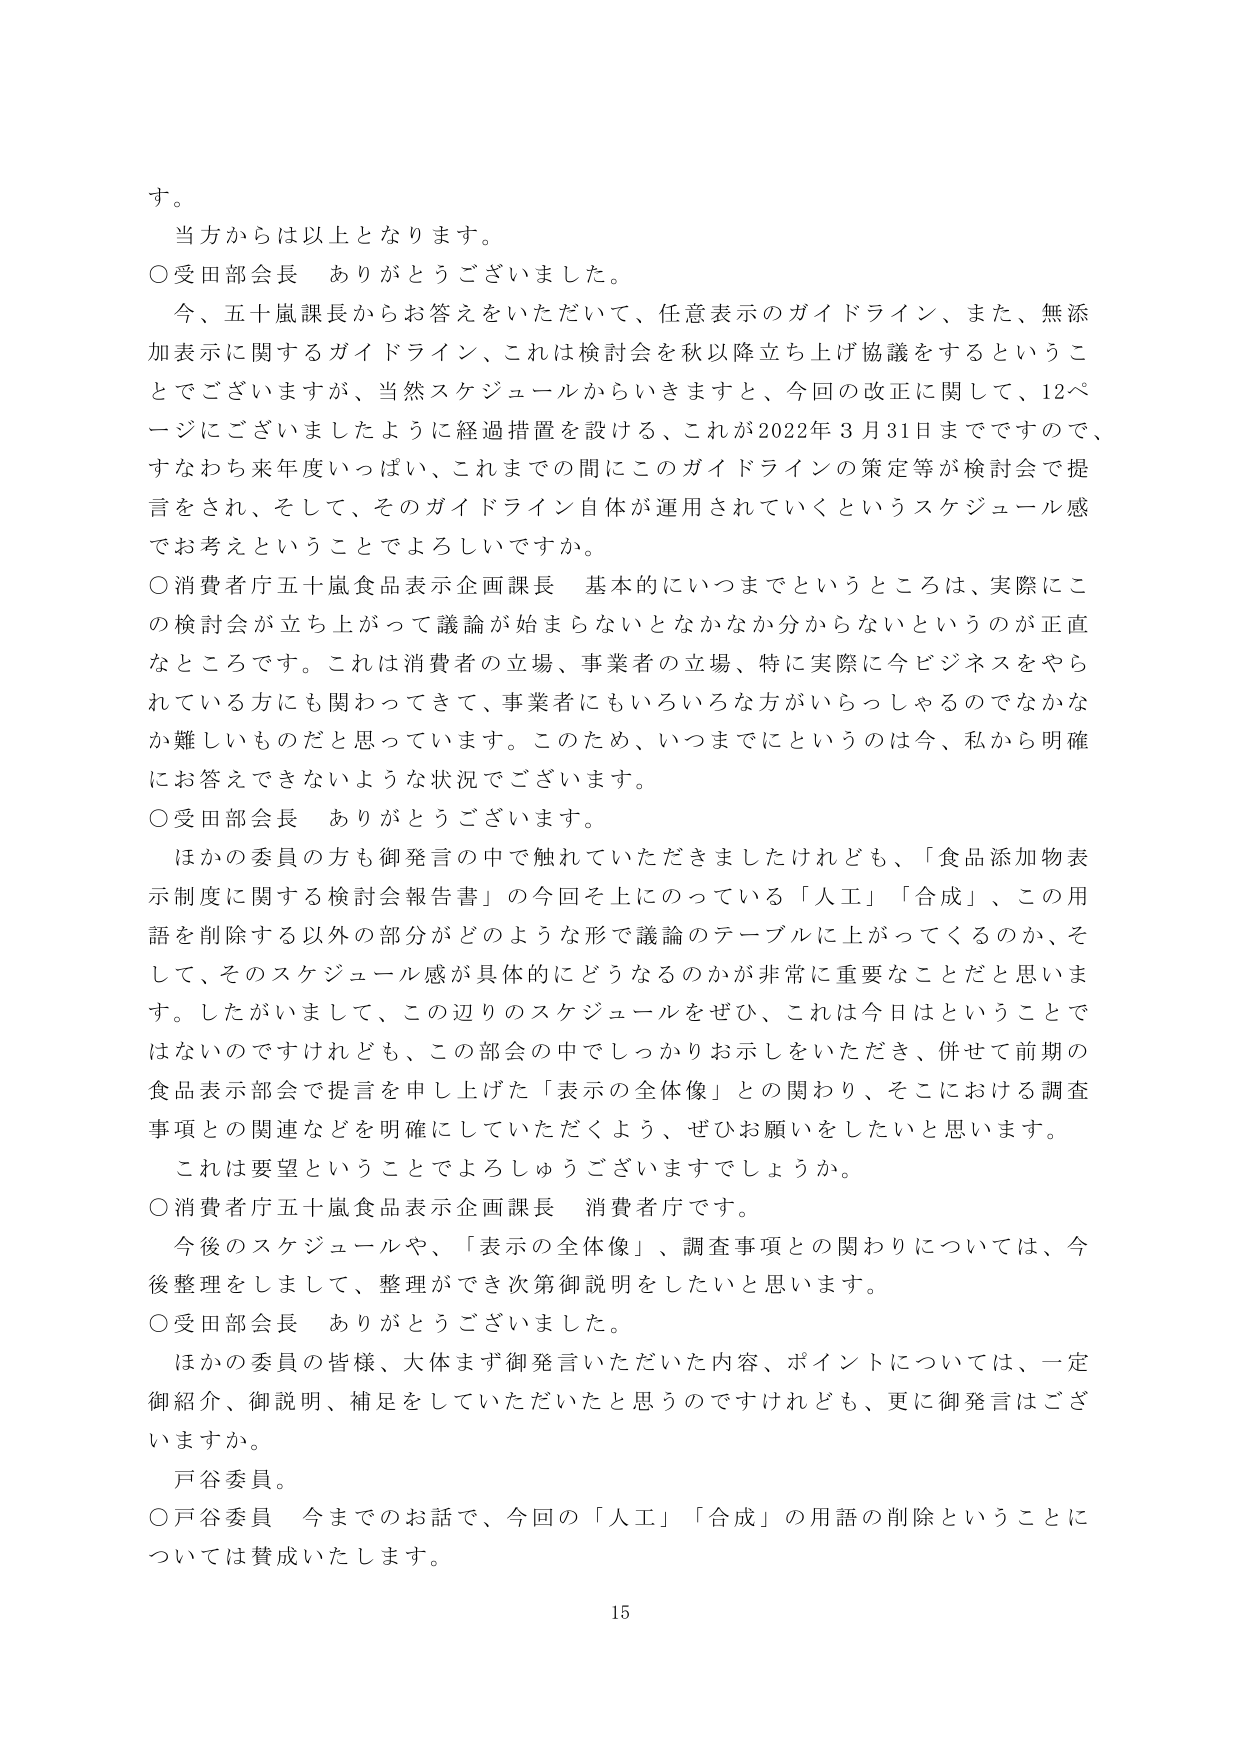
す。
当方からは以上となります。
○受田部会長 ありがとうございました。
今、五十嵐課長からお答えをいただいて、任意表示のガイドライン、また、無添加表示に関するガイドライン、これは検討会を秋以降立ち上げ協議をするということでございますが、当然スケジュールからいきますと、今回の改正に関して、12ページにございましたように経過措置を設ける、これが2022年3月31日までですので、すなわち来年度いっぱい、これまでの間にこのガイドラインの策定等が検討会で提言をされ、そして、そのガイドライン自体が運用されていくというスケジュール感でお考えということではよろしいですか。
○消費者庁五十嵐食品表示企画課長 基本的にいつまでというところは、実際にこの検討会が立ち上がって議論が始まらないとなかなか分からないというのが正直なところです。これは消費者の立場、事業者の立場、特に実際に今ビジネスをやられている方にも関わってきて、事業者にもいろいろな方がいらっしゃるのではなかか難しいものだと思っています。このため、いつまでにというのは今、私から明確にお答えできないような状況でございます。
○受田部会長 ありがとうございます。
ほかの委員の方も御発言の中で触れていただきましたけれども、「食品添加物表示制度に関する検討会報告書」の今回それになっている「人工」「合成」、この用語を削除する以外の部分がどのような形で議論のテーブルに上がってくるのか、そして、そのスケジュール感が具体的にどうなるのかが非常に重要なことだと思います。したがいまして、この辺りのスケジュールをぜひ、これは今日はということでないのですけれども、この部会の中でしっかりお示しをいただき、併せて前期の食品表示部会で提言を申し上げた「表示の全体像」との関わり、そこにおける調査事項との関連などを明確にしていただくよう、ぜひお願いをしたいと思います。
これは要望ということでよろしうございますでしょうか。
○消費者庁五十嵐食品表示企画課長 消費者庁です。
今後のスケジュールや、「表示の全体像」、調査事項との関わりについては、今後整理をしまして、整理ができ次第御説明をしたいと思います。
○受田部会長 ありがとうございました。
ほかの委員の皆様、大体まず御発言いただいた内容、ポイントについては、一定御紹介、御説明、補足をしていただいたと思うのですけれども、更に御発言はございますか。
戸谷委員。
○戸谷委員 今までのお話で、今回の「人工」「合成」の用語の削除ということについては賛成いたします。
15